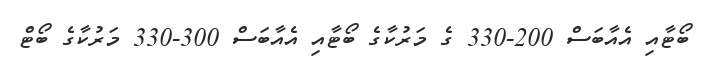
ބޯޓާއި އެއާބަސް 200-330 ގެ މަރުކާގެ ބޯޓާއި އެއާބަސް 300-330 މަރުކާގެ ބޯޓް